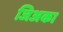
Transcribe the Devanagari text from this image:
जिअका